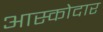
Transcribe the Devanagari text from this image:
आस्कोदार